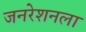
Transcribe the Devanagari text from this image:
जनरेशनला